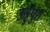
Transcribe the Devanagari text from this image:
ऊट्टुपुरा